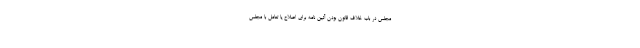
مجلس در باب خلاف قانون بودن آئین نامه برای اصلاح یا تعامل با مجلس